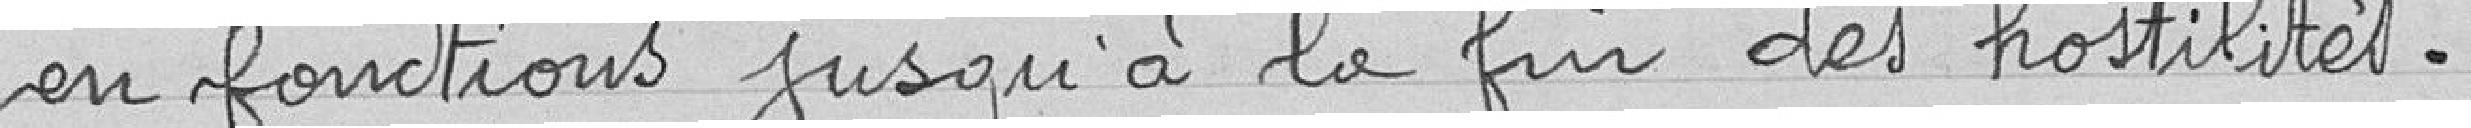
en fonctions jusqu'à la fin des hostilités.